Source: Handwritten
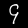
Digit: ၄ (4)